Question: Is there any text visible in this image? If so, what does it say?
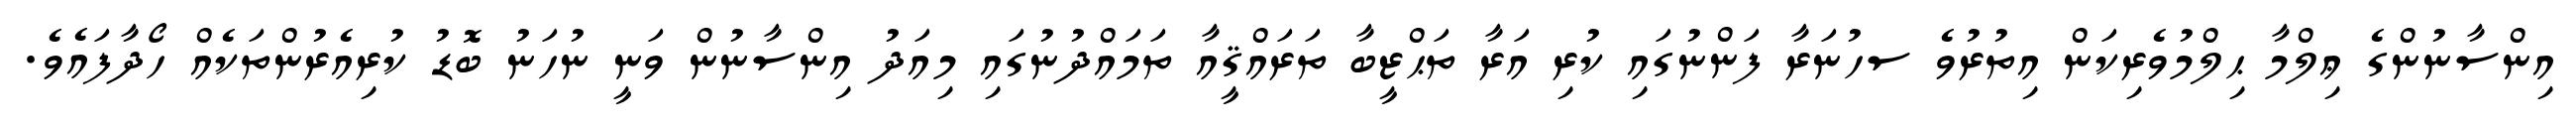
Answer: އިންސާނުންގެ ޢިލްމާ ޙިލްމުވެރިކަން އިތުރުވެ ސހުނަރާ ފަންނުގައި ކުރި އަރާ ތަޙްޒީބާ ތަރައްޤީއާ ތަމައްދުނުގައި މިއަދު އިންސާނުން ވަނީ ނުހަނު ބޮޑު ކުރިއެރުންތަކެއް ހޯދާފައެވެ.